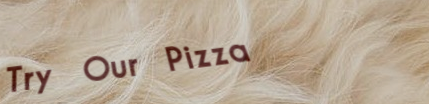
Try Our Pizza